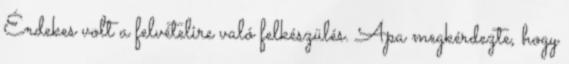
Érdekes volt a felvételire való felkészülés. Apa megkérdezte, hogy